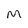
Character: M